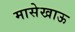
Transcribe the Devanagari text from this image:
मासेखाऊ